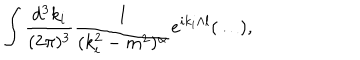
LaTeX: \int \frac { d ^ { 3 } k _ { i } } { ( 2 \pi ) ^ { 3 } } \frac { 1 } { ( k _ { i } ^ { 2 } - m ^ { 2 } ) ^ { \alpha } } e ^ { i k _ { i } \wedge l } ( \ldots ) ,